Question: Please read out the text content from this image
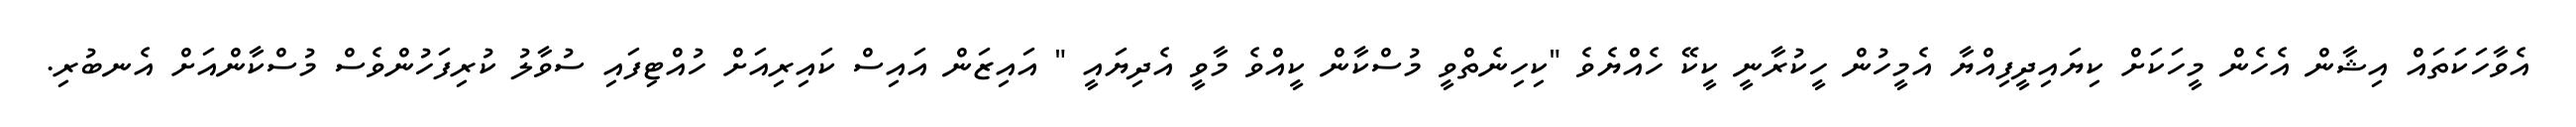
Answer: އެވާހަކަތައް އިޝާން އެހެން މީހަކަށް ކިޔައިދީފިއްޔާ އެމީހުން ހީކުރާނީ ކީކޭ ހެއްޔެވެ "ކިހިނެތްވީ މުސްކާން ކީއްވެ މާވީ އެދިޔައީ " އައިޒަން އައިސް ކައިރިއަށް ހުއްޓިފައި ސުވާލު ކުރިފަހުންވެސް މުސްކާންއަށް އެނބުރި.